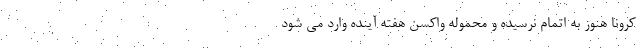
کرونا هنوز به اتمام نرسیده و محموله واکسن هفته آینده وارد می شود